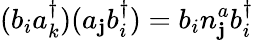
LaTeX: (b_{i}a_{k}^{\dagger})(a_{\mathbf{j}}b_{i}^{\dagger})=b_{i}n_{\mathbf{j}}^{a}b_{i}^{\dagger}